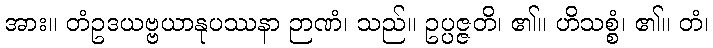
အား။ တံဥဒယဗ္ဗယာနုပဿနာ ဉာဏံ၊ သည်။ ဥပ္ပဇ္ဇတိ၊ ၏။ ဟိသစ္စံ၊ ၏။ တံ၊